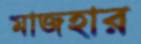
মাজহার